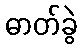
ဓာတ်ခွဲ